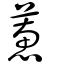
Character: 蕙